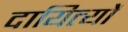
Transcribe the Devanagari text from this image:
दायित्यों